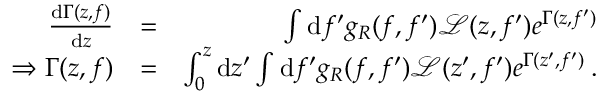
\begin{array} { r l r } { \frac { \mathrm { d } \Gamma ( z , f ) } { \mathrm { d } z } } & { = } & { \int \mathrm { d } f ^ { \prime } g _ { R } ( f , f ^ { \prime } ) \mathcal { L } ( z , f ^ { \prime } ) e ^ { \Gamma ( z , f ^ { \prime } ) } } \\ { \Rightarrow \Gamma ( z , f ) } & { = } & { \int _ { 0 } ^ { z } \mathrm { d } z ^ { \prime } \int \mathrm { d } f ^ { \prime } g _ { R } ( f , f ^ { \prime } ) \mathcal { L } ( z ^ { \prime } , f ^ { \prime } ) e ^ { \Gamma ( z ^ { \prime } , f ^ { \prime } ) } \: . } \end{array}